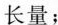
长量；